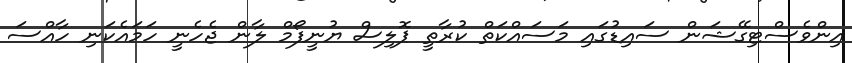
އިންވެސްޓިގޭޝަން ސައިޑުގައި މަސައްކަތް ކުރާތީ ޕޮލިސް ޔުނީފޯމް ލާން ޖެހެނީ ހަމައެކަނި ހާއްސަ